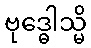
ဗုဒ္ဓေါသ္မိ